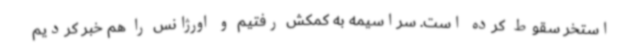
استخر سقوط کرده است. سراسیمه به کمکش رفتیم و اورژانس را هم خبر کردیم